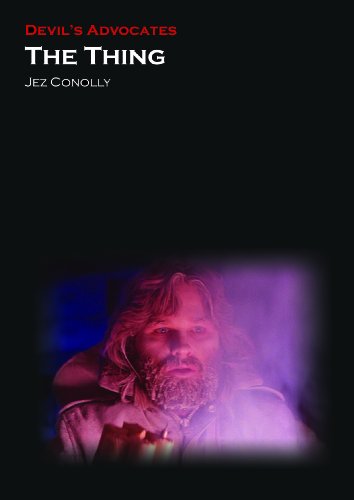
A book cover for The Thing (Devil's Advocates); Jez Conolly; Humor & Entertainment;